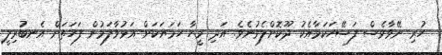
ހުރި ނޭވާވެސް ފަސޭހަކަމާއެކު ދޫކޮށްލެވުނެވެ. އަދި މީހާ ހަމަޔަކަށް އަޅުވާލަމުން ފަހަތަށް އެނބުރިލީ